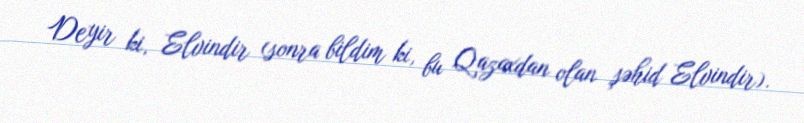
Deyir ki, Elvindir (sonra bildim ki, bu Qazaxdan olan şəhid Elvindir).